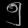
Digit: ၅